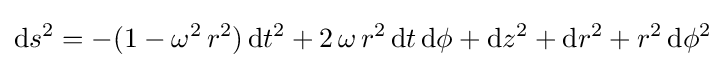
\mathrm {d} s^{2}=-(1-\omega ^{2}\,r^{2})\,\mathrm {d} t^{2}+2\,\omega \,r^{2}\,\mathrm {d} t\,\mathrm {d} \phi +\mathrm {d} z^{2}+\mathrm {d} r^{2}+r^{2}\,\mathrm {d} \phi ^{2}